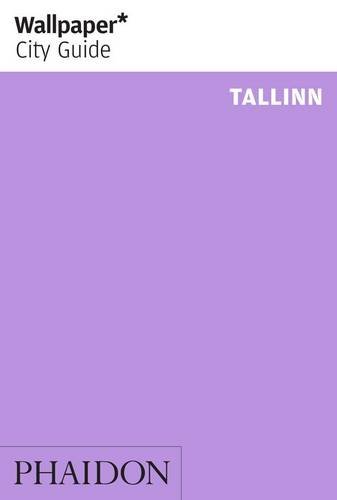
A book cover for Wallpaper* City Guide Tallinn (Wallpaper City Guides); Wallpaper*; Travel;